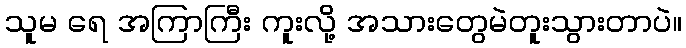
သူမ ရေ အကြာကြီး ကူးလို့ အသားတွေမဲတူးသွားတာပဲ။